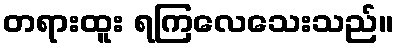
တရားထူး ရကြလေသေးသည်။